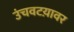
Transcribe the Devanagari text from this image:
उंचवटय़ावर